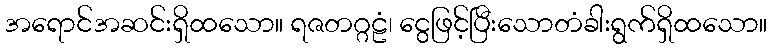
အရောင်အဆင်းရှိထသော။ ရဇတဂ္ဂဠံ၊ ငွေဖြင့်ပြီးသောတံခါးရွက်ရှိထသော။